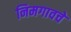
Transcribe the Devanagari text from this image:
निमगावचे